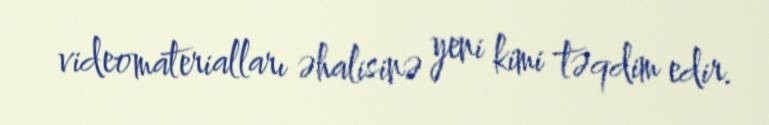
videomaterialları əhalisinə yeni kimi təqdim edir.